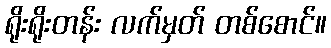
ရိုးရိုးတန်း လက်မှတ် တစ်စောင်။